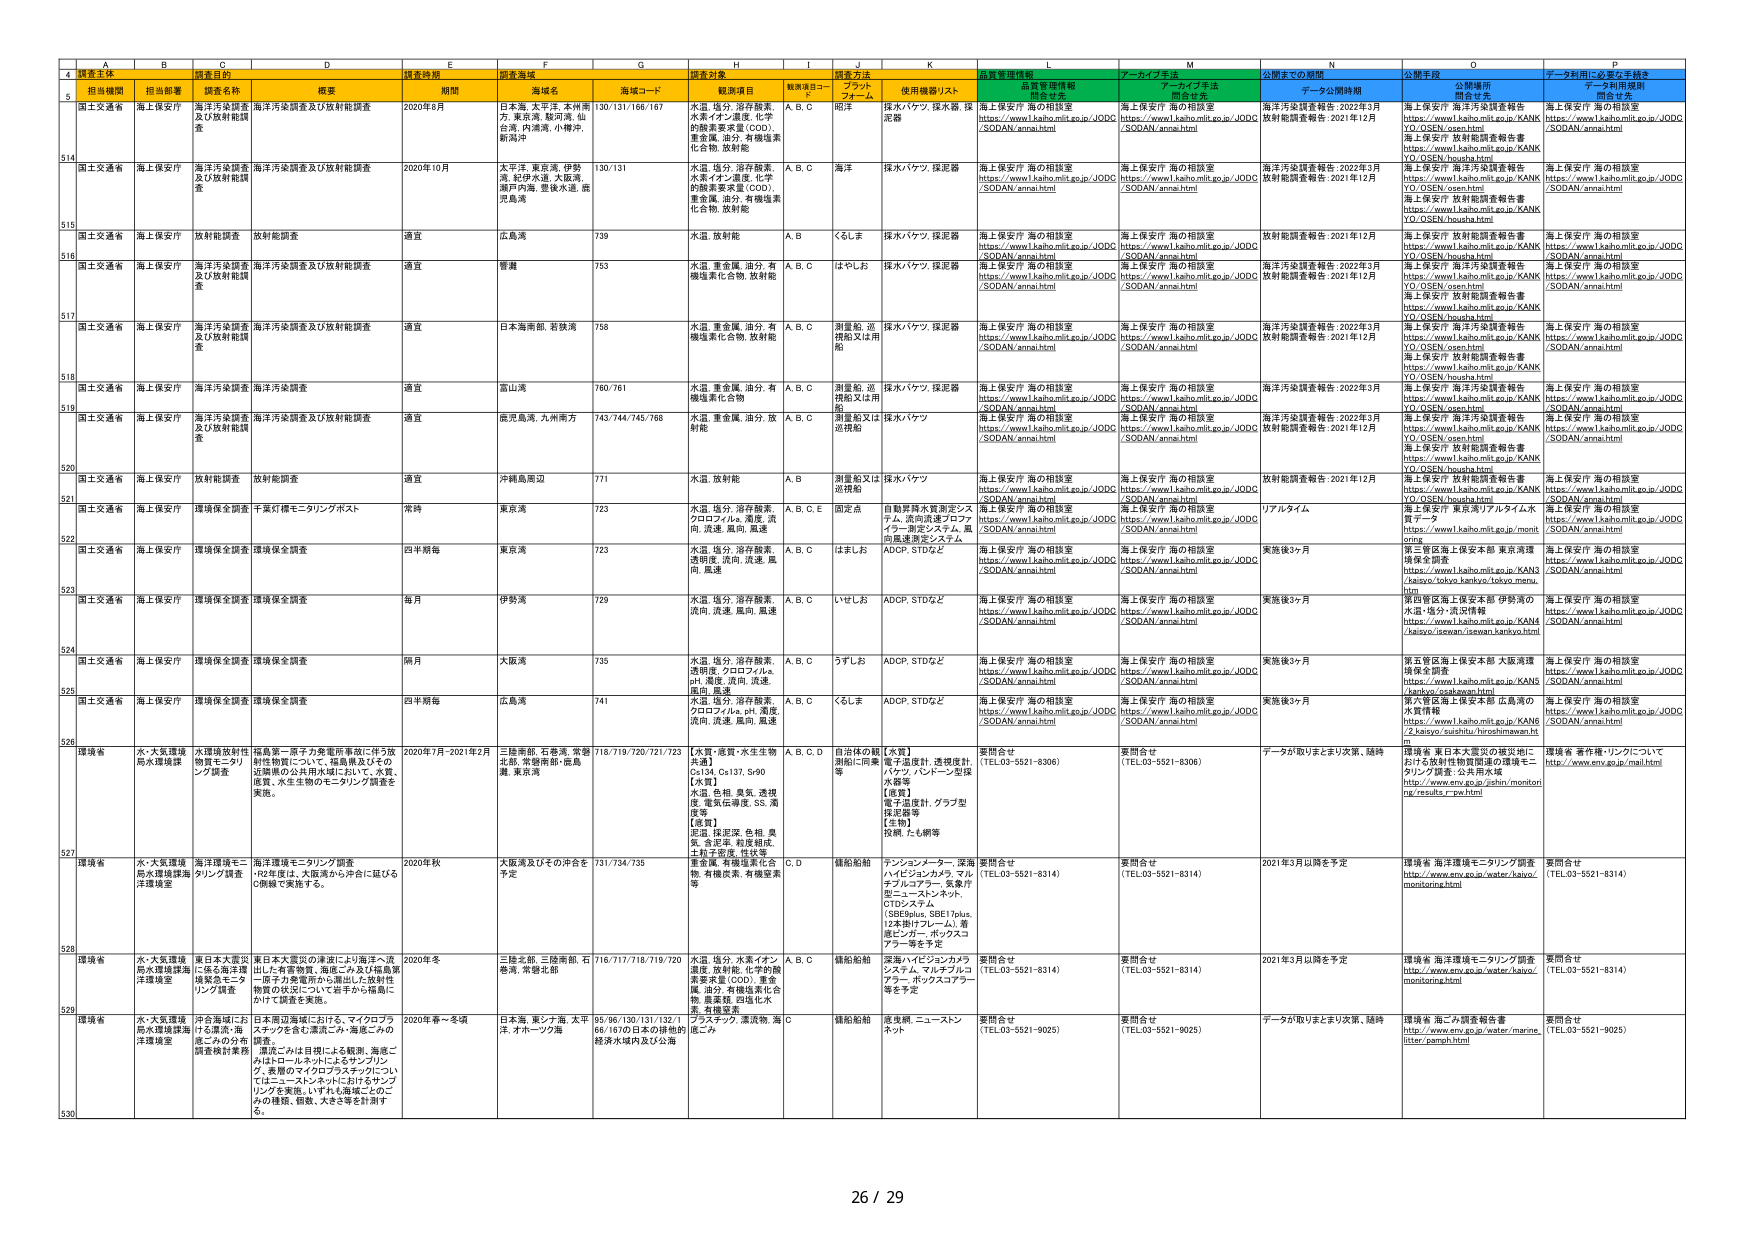
A
B
C
D
E
F
G
H
I
J
K
L
M
N
O
P
4
調査主体
担当部署
調査目的
調査時期
調査海域
調査対象
調査方法
調査管理情報
アーカイブ手法
公開までの期間
公開手段
データ利用に必要な手続き
5
担当機関
担当部署
調査名称
概要
期間
海域名
海域コード
観測項目
観測項目コード
プラットフォーム
使用機器/リスト
品質管理情報
関係機関
アーカイブ手法
関係機関
データ公開時期
公開手段
公開場所
関係機関
データ利用規程
関係機関
514
国土交通省
海上保安庁
海洋汚染調査及び放射能調査
海洋汚染調査及び放射能調査
2020年8月
日本海、太平洋、本州南方、東京湾、駿河湾、仙台湾、内湾、小樽沖、新潟沖
130/131/166/167
水温、塩分、溶存酸素、水素イオン濃度、化学的酸素要求量（COD）、重金属、油分、有機塩素化合物、放射能
A、B、C
海洋
探水バケツ、採水器、採泥器
海上保安庁 海の相談室
https://www1.kaiho.mlit.go.jp/JODC /SODAN/annai.html
海上保安庁 海の相談室
https://www1.kaiho.mlit.go.jp/JODC /SODAN/annai.html
海洋汚染調査報告：2022年3月 放射能調査報告：2021年12月
海上保安庁 海洋汚染調査報告
https://www1.kaiho.mlit.go.jp/KANK YO/OSEN/open.html
海上保安庁 放射能調査報告書
https://www1.kaiho.mlit.go.jp/KANK YO/OSEN/housha.html
海上保安庁 海の相談室
https://www1.kaiho.mlit.go.jp/JODC /SODAN/annai.html
515
国土交通省
海上保安庁
海洋汚染調査及び放射能調査
海洋汚染調査及び放射能調査
2020年10月
太平洋、東京湾、伊勢湾、紀伊水道、大阪湾、瀬戸内海、豊後水道、鹿児島湾
130/131
水温、塩分、溶存酸素、水素イオン濃度、化学的酸素要求量（COD）、重金属、油分、有機塩素化合物、放射能
A、B、C
海洋
探水バケツ、採泥器
海上保安庁 海の相談室
https://www1.kaiho.mlit.go.jp/JODC /SODAN/annai.html
海上保安庁 海の相談室
https://www1.kaiho.mlit.go.jp/JODC /SODAN/annai.html
海洋汚染調査報告：2022年3月 放射能調査報告：2021年12月
海上保安庁 海洋汚染調査報告
https://www1.kaiho.mlit.go.jp/KANK YO/OSEN/open.html
海上保安庁 放射能調査報告書
https://www1.kaiho.mlit.go.jp/KANK YO/OSEN/housha.html
海上保安庁 海の相談室
https://www1.kaiho.mlit.go.jp/JODC /SODAN/annai.html
516
国土交通省
海上保安庁
放射能調査
放射能調査
適宜
広島湾
739
水温、放射能
A、B
くらしま
探水バケツ、採泥器
海上保安庁 海の相談室
https://www1.kaiho.mlit.go.jp/JODC /SODAN/annai.html
海上保安庁 海の相談室
https://www1.kaiho.mlit.go.jp/JODC /SODAN/annai.html
放射能調査報告：2021年12月
海上保安庁 放射能調査報告書
https://www1.kaiho.mlit.go.jp/KANK YO/OSEN/housha.html
海上保安庁 海の相談室
https://www1.kaiho.mlit.go.jp/JODC /SODAN/annai.html
517
国土交通省
海上保安庁
海洋汚染調査及び放射能調査
海洋汚染調査及び放射能調査
適宜
警備
753
水温、重金属、油分、有機塩素化合物、放射能
A、B、C
はやしお
探水バケツ、採泥器
海上保安庁 海の相談室
https://www1.kaiho.mlit.go.jp/JODC /SODAN/annai.html
海上保安庁 海の相談室
https://www1.kaiho.mlit.go.jp/JODC /SODAN/annai.html
海洋汚染調査報告：2022年3月 放射能調査報告：2021年12月
海上保安庁 海洋汚染調査報告
https://www1.kaiho.mlit.go.jp/KANK YO/OSEN/open.html
海上保安庁 放射能調査報告書
https://www1.kaiho.mlit.go.jp/KANK YO/OSEN/housha.html
海上保安庁 海の相談室
https://www1.kaiho.mlit.go.jp/JODC /SODAN/annai.html
518
国土交通省
海上保安庁
海洋汚染調査及び放射能調査
海洋汚染調査及び放射能調査
適宜
日本海南部、若狭湾
758
水温、重金属、油分、有機塩素化合物、放射能
A、B、C
測量船、追撃船又は用船
探水バケツ、採泥器
海上保安庁 海の相談室
https://www1.kaiho.mlit.go.jp/JODC /SODAN/annai.html
海上保安庁 海の相談室
https://www1.kaiho.mlit.go.jp/JODC /SODAN/annai.html
海洋汚染調査報告：2022年3月 放射能調査報告：2021年12月
海上保安庁 海洋汚染調査報告
https://www1.kaiho.mlit.go.jp/KANK YO/OSEN/open.html
海上保安庁 放射能調査報告書
https://www1.kaiho.mlit.go.jp/KANK YO/OSEN/housha.html
海上保安庁 海の相談室
https://www1.kaiho.mlit.go.jp/JODC /SODAN/annai.html
519
国土交通省
海上保安庁
海洋汚染調査
海洋汚染調査
適宜
富山湾
760/761
水温、重金属、油分、有機塩素化合物
A、B、C
測量船、追撃船又は用船
探水バケツ、採泥器
海上保安庁 海の相談室
https://www1.kaiho.mlit.go.jp/JODC /SODAN/annai.html
海上保安庁 海の相談室
https://www1.kaiho.mlit.go.jp/JODC /SODAN/annai.html
海洋汚染調査報告：2022年3月
海上保安庁 海洋汚染調査報告
https://www1.kaiho.mlit.go.jp/KANK YO/OSEN/open.html
海上保安庁 海の相談室
https://www1.kaiho.mlit.go.jp/JODC /SODAN/annai.html
520
国土交通省
海上保安庁
海洋汚染調査及び放射能調査
海洋汚染調査及び放射能調査
適宜
鹿児島湾、九州南方
743/744/745/768
水温、重金属、油分、放射能
A、B、C
測量船又は追撃船
探水バケツ
海上保安庁 海の相談室
https://www1.kaiho.mlit.go.jp/JODC /SODAN/annai.html
海上保安庁 海の相談室
https://www1.kaiho.mlit.go.jp/JODC /SODAN/annai.html
海洋汚染調査報告：2022年3月 放射能調査報告：2021年12月
海上保安庁 海洋汚染調査報告
https://www1.kaiho.mlit.go.jp/KANK YO/OSEN/open.html
海上保安庁 放射能調査報告書
https://www1.kaiho.mlit.go.jp/KANK YO/OSEN/housha.html
海上保安庁 海の相談室
https://www1.kaiho.mlit.go.jp/JODC /SODAN/annai.html
521
国土交通省
海上保安庁
放射能調査
放射能調査
適宜
沖縄島周辺
771
水温、放射能
A、B
測量船又は追撃船
探水バケツ
海上保安庁 海の相談室
https://www1.kaiho.mlit.go.jp/JODC /SODAN/annai.html
海上保安庁 海の相談室
https://www1.kaiho.mlit.go.jp/JODC /SODAN/annai.html
放射能調査報告：2021年12月
海上保安庁 放射能調査報告書
https://www1.kaiho.mlit.go.jp/KANK YO/OSEN/housha.html
海上保安庁 海の相談室
https://www1.kaiho.mlit.go.jp/JODC /SODAN/annai.html
522
国土交通省
海上保安庁
環境保全調査
千葉灯標モニタリングポスト
常時
東京湾
723
水温、塩分、溶存酸素、クロロフィルa、濁度、流向、流速、風向、風速
A、B、C、E
固定点
自動計測水質測定システム、流向流速プロファイラー、測定システム、風向風速測定システム
海上保安庁 海の相談室
https://www1.kaiho.mlit.go.jp/JODC /SODAN/annai.html
海上保安庁 海の相談室
https://www1.kaiho.mlit.go.jp/JODC /SODAN/annai.html
リアルタイム
海上保安庁 東京湾リアルタイム水質データ
https://www1.kaiho.mlit.go.jp/monit oring
海上保安庁 海の相談室
https://www1.kaiho.mlit.go.jp/JODC /SODAN/annai.html
523
国土交通省
海上保安庁
環境保全調査
環境保全調査
四半期毎
東京湾
723
水温、塩分、溶存酸素、透明度、流向、流速、風向、風速
A、B、C
はましお
ADCP、STDなど
海上保安庁 海の相談室
https://www1.kaiho.mlit.go.jp/JODC /SODAN/annai.html
海上保安庁 海の相談室
https://www1.kaiho.mlit.go.jp/JODC /SODAN/annai.html
実施後3ヶ月
第2管区海上保安本部 東京湾環境保全調査
https://www1.kaiho.mlit.go.jp/KANK /kaiyo/tokyo.kankyo/tokyo.menu. htm
海上保安庁 海の相談室
https://www1.kaiho.mlit.go.jp/JODC /SODAN/annai.html
524
国土交通省
海上保安庁
環境保全調査
環境保全調査
毎月
伊勢湾
729
水温、塩分、溶存酸素、流向、流速、風向、風速
A、B、C
いせしお
ADCP、STDなど
海上保安庁 海の相談室
https://www1.kaiho.mlit.go.jp/JODC /SODAN/annai.html
海上保安庁 海の相談室
https://www1.kaiho.mlit.go.jp/JODC /SODAN/annai.html
実施後3ヶ月
第5管区海上保安本部 伊勢湾の水温・塩分・流況情報
https://www1.kaiho.mlit.go.jp/KANK /kaiyo/isewan/isewan.kaiyo.html
海上保安庁 海の相談室
https://www1.kaiho.mlit.go.jp/JODC /SODAN/annai.html
525
国土交通省
海上保安庁
環境保全調査
環境保全調査
隔月
大阪湾
735
水温、塩分、溶存酸素、透明度、クロロフィルa、pH、濁度、流向、流速、風向、風速
A、B、C
うずしお
ADCP、STDなど
海上保安庁 海の相談室
https://www1.kaiho.mlit.go.jp/JODC /SODAN/annai.html
海上保安庁 海の相談室
https://www1.kaiho.mlit.go.jp/JODC /SODAN/annai.html
実施後3ヶ月
第5管区海上保安本部 大阪湾環境保全調査
https://www1.kaiho.mlit.go.jp/KANK /kaiyo/osakawan.html
海上保安庁 海の相談室
https://www1.kaiho.mlit.go.jp/JODC /SODAN/annai.html
526
国土交通省
海上保安庁
環境保全調査
環境保全調査
四半期毎
広島湾
741
水温、塩分、溶存酸素、クロロフィルa、pH、濁度、流向、流速、風向、風速
A、B、C
くらしま
ADCP、STDなど
海上保安庁 海の相談室
https://www1.kaiho.mlit.go.jp/JODC /SODAN/annai.html
海上保安庁 海の相談室
https://www1.kaiho.mlit.go.jp/JODC /SODAN/annai.html
実施後3ヶ月
第4管区海上保安本部 広島湾の水質情報
https://www1.kaiho.mlit.go.jp/KANK /2.kaiyo/suzuhito/hiroshimaenv.ht ml
海上保安庁 海の相談室
https://www1.kaiho.mlit.go.jp/JODC /SODAN/annai.html
527
環境省
水・大気環境局水環境課
水環境放射性物質モニタリング調査
福島第一原子力発電所事故に伴う放射性物質について、福島県及びその近隣県の公共用水域において、水質、底質、水生生物のモニタリング調査を実施。
2020年7月-2021年2月
三陸南部、石巻湾、常磐北部、常磐南部・鹿島灘、東京湾
718/719/720/721/723
[水質・底質・水生生物共通]
Cs134、Cs137、Sr90
[水質]
水温、色相、臭気、透明度、電気伝導度、SS、濁度等
[底質]
泥温、体密度、色相、臭気、含泥率、粒径組成、土粒子密度、性状等
A、B、C、D
自治体の観測船に依頼等
[水質]
電子温度計、透視度計、パケット、バドーン型採水器等
[底質]
電子温度計、グラブ型採泥器等
[生物]
投網、たも網等
要問合せ
(TEL:03-5521-8306)
要問合せ
(TEL:03-5521-8306)
データが取りまとまり次第、随時
環境省 東日本大震災の被災地における放射性物質調査で環境モニタリング調査：公共用水域
http://www.env.go.jp/ishin/monitori ng/results_rw.html
環境省 著作権・リンクについて
http://www.env.go.jp/mail.html
528
環境省
水・大気環境局水環境課海洋環境室
海洋環境モニタリング調査
海洋環境モニタリング調査
*92年度は、大阪湾から沖合に延びるC断線で実施する。
2020年秋
大阪湾及びその沖合を予定
731/734/735
重金属、有機塩素化合物、有機炭素、有機窒素等
C、D
錨舶船錨
テンションマーカー、深海ハインジンカカメラ、マルチプルアラー、気象計、モニターメンネット、OTDシステム
(SBESplus、SBE17plus、12本掛けフレーム)、着底ビデオ、ボックスコアラー等を予定
要問合せ
(TEL:03-5521-8314)
要問合せ
(TEL:03-5521-8314)
2021年3月以降を予定
環境省 海洋環境モニタリング調査
http://www.env.go.jp/water/kaiyo/ monitoring.html
要問合せ
(TEL:03-5521-8314)
529
環境省
水・大気環境局水環境課海洋環境室
東日本大震災に係る環境環境調査モニタリング調査
東日本大震災の津波により海洋へ流出した有害物質、海面ごみ及び福島第一原子力発電所から漏出した放射性物質の状況について岩手から福島にかけて調査を実施。
2020年冬
三陸北部、三陸南部、石巻湾、常磐北部
716/717/718/719/720
水温、塩分、水素イオン濃度、放射能、化学的酸素要求量（COD）、重金属、油分、有機塩素化合物、無機窒素、炭化化合物、有機窒素
A、B、C
錨舶船錨
深海ハイピンジンカメラシステム、マルチプルアラー、ボックスコアラー等を予定
要問合せ
(TEL:03-5521-8314)
要問合せ
(TEL:03-5521-8314)
2021年3月以降を予定
環境省 海洋環境モニタリング調査
http://www.env.go.jp/water/kaiyo/ monitoring.html
要問合せ
(TEL:03-5521-8314)
530
環境省
水・大気環境局水環境課海洋環境室
沖合海域における漂着・海面ごみの分布調査検討業務
日本周辺海域における、マイクロプラスチックを含む漂着ごみ、海面ごみの調査。
漂着ごみは目標による観測、海面ごみはトロールネットによるサンプリング、委員のマイクロプラスチックについ てはニーズルシップに付けるサンプリングを実施。いずれも海域ごとのごみの種類、個数、大きさ等を計測する。
2020年春～冬頃
日本海、東シナ海、太平洋、オホーツク海
95/96/130/131/132/166/167の日本の排他的経済水域内及び公海
C
錨舶船錨
底曳網、ニュースンネット
要問合せ
(TEL:03-5521-9025)
要問合せ
(TEL:03-5521-9025)
データが取りまとまり次第、随時
環境省 海ごみ調査報告書
http://www.env.go.jp/water/marine_ litter/paraph.html
要問合せ
(TEL:03-5521-9025)
26 / 29